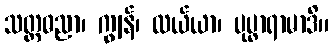
သတ္တဓညာ၊ ကျွန်၊ လယ်ယာ၊ ပုပ္ဖာရာမာဒိ။